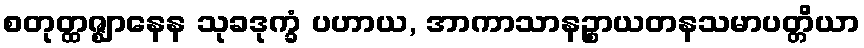
စတုတ္ထဇ္ဈာနေန သုခဒုက္ခံ ပဟာယ, အာကာသာနဉ္စာယတနသမာပတ္တိယာ